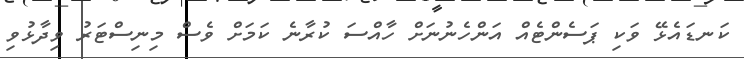
ކަނޑައެޅޭ ވަކި ޕަސެންޓެއް އަންހެނުނަށް ހާއްސަ ކުރާނެ ކަމަށް ވެސް މިނިސްޓަރު ވިދާޅުވި